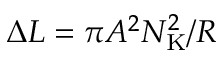
\Delta L = \pi A ^ { 2 } N _ { \mathrm { K } } ^ { 2 } / R